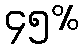
၄၅%